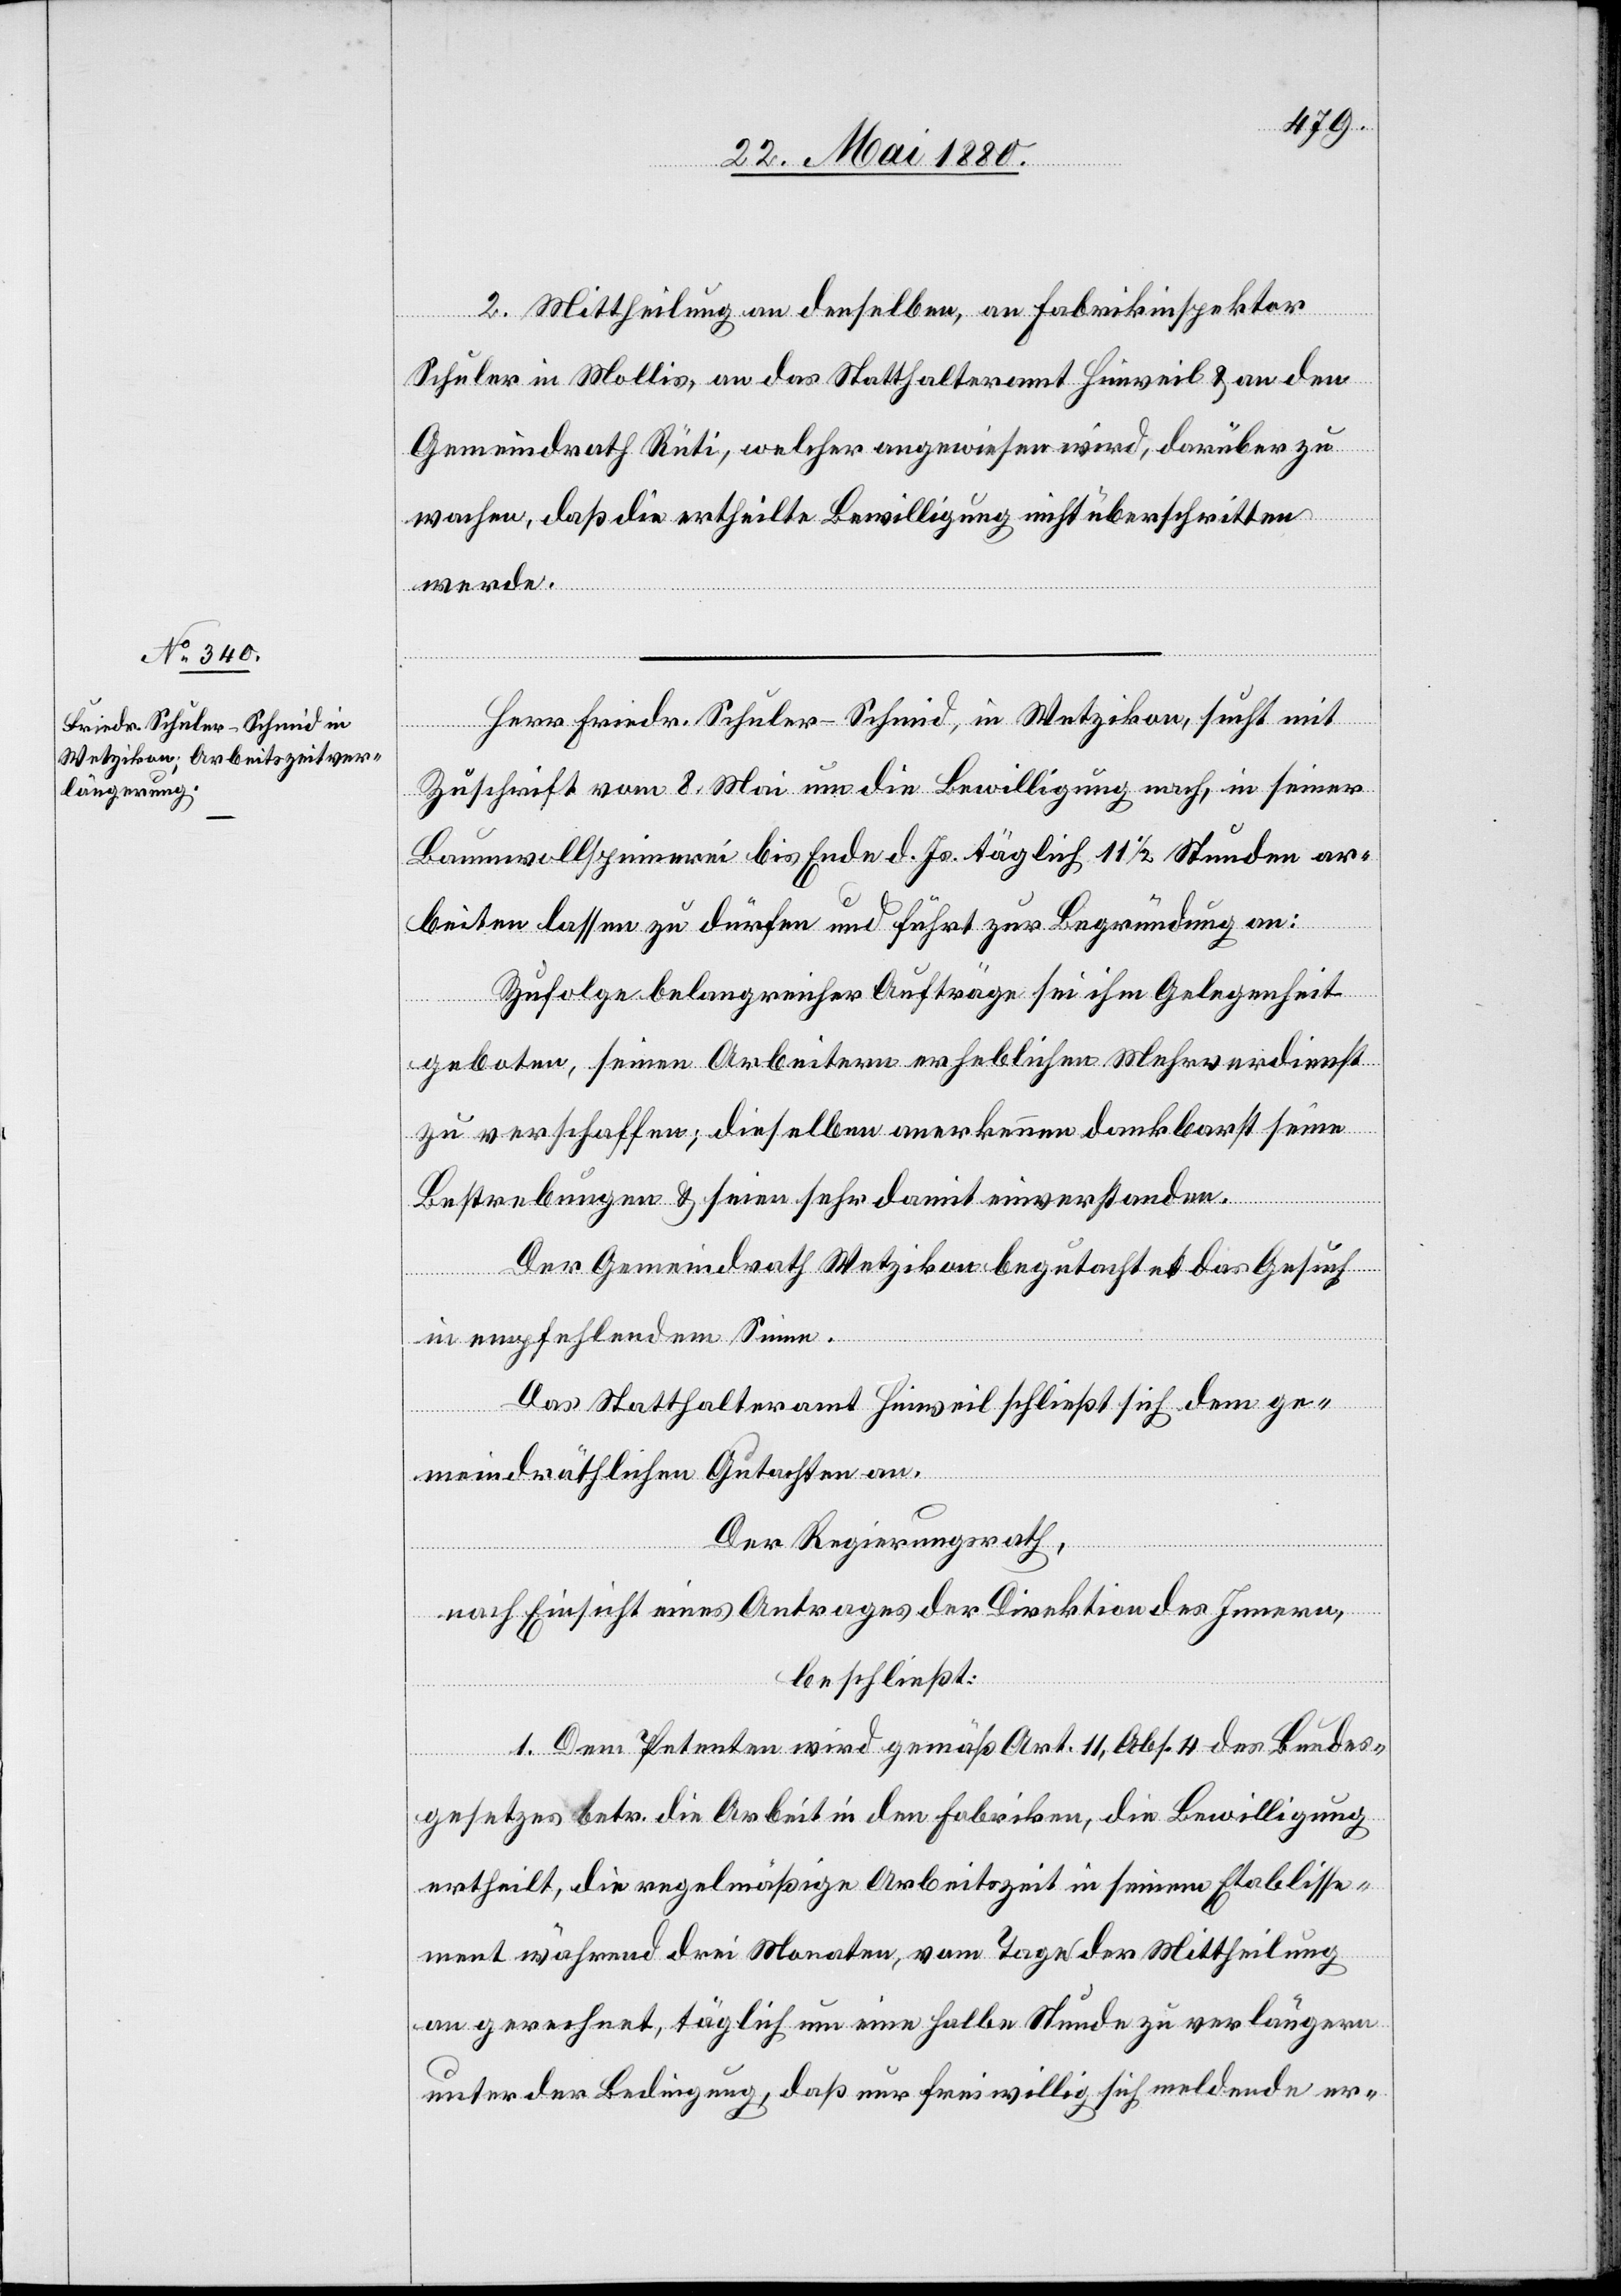
2. Mittheilung an denselben, an Fabrikinspektor
Schuler in Mollis, an das Statthalteramt Hinweil & an den
Gemeindrath Rüti, welcher angewiesen wird, darüber zu
wachen, daß die ertheilte Bewilligung nicht überschritten
werde.
Herr Friedr. Schuler-Schmid, in Wetzikon, sucht mit
Zuschrift vom 8. Mai um die Bewilligung nach, in seiner
Baumwollspinnerei bis Ende d. Js. täglich 11 1/2 Stunden ar¬
beiten lassen zu dürfen und führt zur Begründung an:
Zufolge belangreicher Aufträge sei ihm Gelegenheit
geboten, seinen Arbeitern erheblichen Mehrverdienst
zu verschaffen; dieselben anerkennen dankbarst seine
Bestrebungen & seien sehr damit einverstanden.
Der Gemeindrath Wetzikon begutachtet das Gesuch
in empfehlendem Sinne.
Das Statthalteramt Hinweil schließt sich dem ge¬
meindräthlichen Gutachten an.
Der Regierungsrath,
nach Einsicht eines Antrages der Direktion des Innern,
beschließt:
1. Dem Petenten wird gemäß Art. 11, Abs. 4 des Bundes¬
gesetzes betr. die Arbeit in den Fabriken, die Bewilligung
ertheilt, die regelmäßige Arbeitszeit in seinem Etablisse¬
ment während drei Monaten, vom Tage der Mittheilung
an gerechnet, täglich um eine halbe Stunde zu verlängern
unter der Bedingung, daß nur freiwillig sich meldende er-